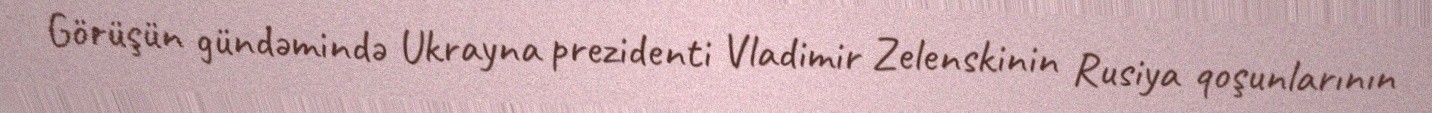
Görüşün gündəmində Ukrayna prezidenti Vladimir Zelenskinin Rusiya qoşunlarının